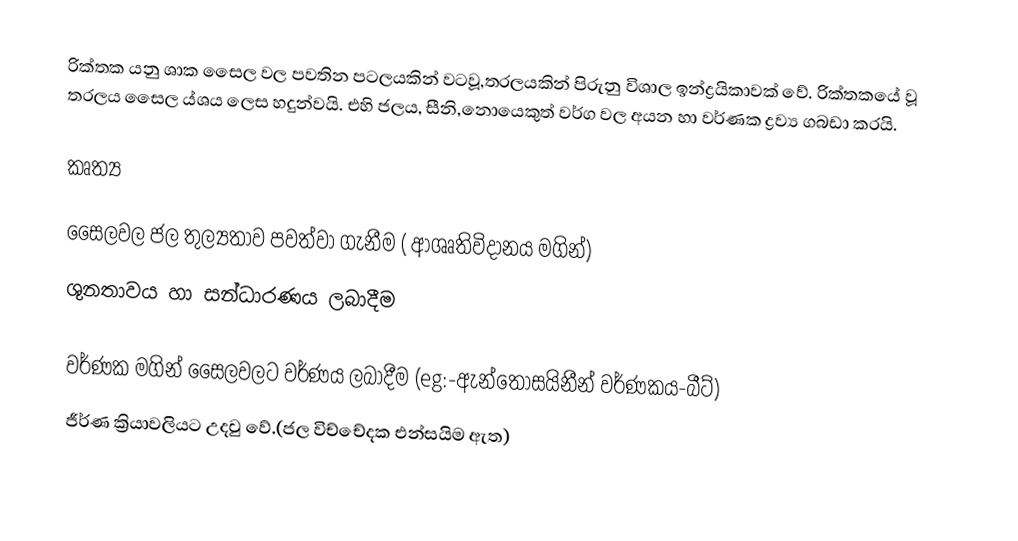
රික්තක යනු ශාක සෛල වල පවතින පටලයකින් වටවූ,තරලයකින් පිරුනු  විශාල ඉන්ද්‍රයිකාවක් වේ. රික්තකයේ වූ තරලය සෛල ය්ශය ලෙස හදුන්වයි.  එහි ජලය, සීනි,නොයෙකුත් වර්ග වල අයන හා වර්ණක ද්‍රව්‍ය ගබඩා කරයි.

කෘත්‍ය

 සෛලවල ජල තුල්‍යතාව පවත්වා ගැනීම ( ආශෘතිවිදානය මගින්)
 ශුනතාවය හා සන්ධාරණය ලබාදීම

 වර්ණක මගින් සෛලවලට වර්ණය ලබාදීම (eg:-ඇන්තොසයිනීන් වර්ණකය-බීට්)
ජීර්ණ ක්‍රියාවලියට උදවු වේ.(ජල විච්චේදක එන්සයිම ඇත)